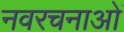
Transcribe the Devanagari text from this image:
नवरचनाओं